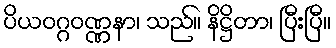
ပိယဝဂ္ဂဝဏ္ဏနာ၊ သည်။ နိဋ္ဌိတာ၊ ပြီးပြီ။